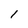
Character: 1